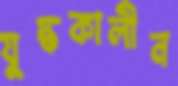
যুদ্ধকালীন